Report of the Bombay Plague Committee
Disease focus: Plague
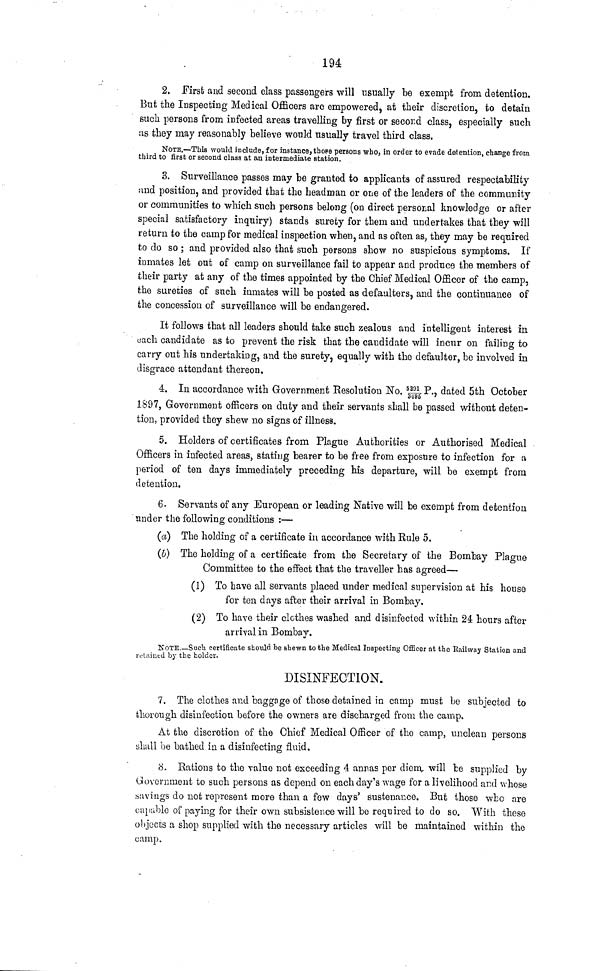
194
2. First and second class passengers will usually be exempt from detention.
But the Inspecting Medical Officers are empowered, at their discretion, to detain
such persons from infected areas travelling by first or second class, especially such
as they may reasonably believe would usually travel third class.
ΝοτΕ.—This would include, for instance, those persons who, in order to evade detention, change from
third to first or second claaa at an intermediate station.
3. Surveillance passes may be granted to applicants of assured respectability
and position, and provided that the headman or one of the leaders of the community
or communities to which such persons belong (on direct personal knowledge or after
special satisfactory inquiry) stands surety for them and undertakes that they will
return to the camp for medical inspection when, and as often as, they may be required
to do so ; and provided also that such persons show no suspicious symptoms. If
inmates let out of camp on surveillance fail to appear and produce the members of
their party at any of the times appointed by the Chief Medical Officer of the camp,
the sureties of such inmates will be posted as defaulters, and the continuance of
the concession of surveillance will be endangered.
It follows that all leaders should take such zealous and intelligent interest in
each candidate as to prevent the risk that the candidate will incur on failing to
carry out his undertaking, and the surety, equally with the defaulter, be involved in
disgrace attendant thereon.
4. In accordance with Government Resolution No. 5391/3495 P., dated 5th October
1897, Government officers on duty and their servants shall be passed without deten-
tion, provided they shew no signs of illness.
5. Holders of certificates from Plague Authorities or Authorised Medical
Officers in infected areas, stating bearer to be free from exposure to infection for a
period of ten days immediately preceding his departure, will be exempt from
detention.
6. Servants of any European or leading Native will be exempt from detention
under the following conditions :—
(a) The holding of a certificate in accordance with Rule 5.
(b) The holding of a certificate from the Secretary of the Bombay Plague
Committee to the effect that the traveller has agreed—
(1) To have all servants placed under medical supervision at his house
for ten days after their arrival in Bombay.
(2) To have their clothes washed and disinfected within 24 hours after
arrival in Bombay.
NOTE Such certificate should be shewn to the Medical Inspecting Officer at the Railway Station and
retained by the holder.
DISINFECTION.
7. The clothes and baggage of those detained in camp must be subjected to
thorough disinfection before the owners are discharged from the camp.
At the discretion of the Chief Medical Officer of the camp, unclean persons
shall be bathed ia a disinfecting fluid.
tí. Rations to the value not exceeding 4 annas per dienv will be supplied by
Government to such persons as depend on each day's wage for a livelihood and whose
havings do not represent more than a few days' sustenance. But those who are
cup-able of paying for their own subsistence will be required to do so. With these
objects a shop supplied with the necessary articles will be maintained within the
camp.